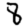
Digit: 8